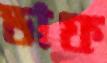
ডাফ